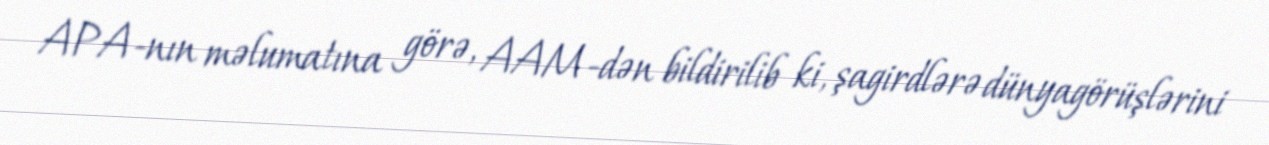
APA-nın məlumatına görə, AAM-dən bildirilib ki, şagirdlərə dünyagörüşlərini